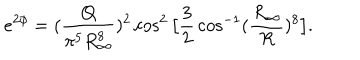
e ^ { 2 \phi } = ( { \frac { Q } { \pi ^ { 5 } R _ { \infty } ^ { 8 } } } ) ^ { 2 } \cos ^ { 2 } \big [ { \frac { 3 } { 2 } } \cos ^ { - 1 } ( { \frac { R _ { \infty } } { R } } ) ^ { 8 } \big ] .